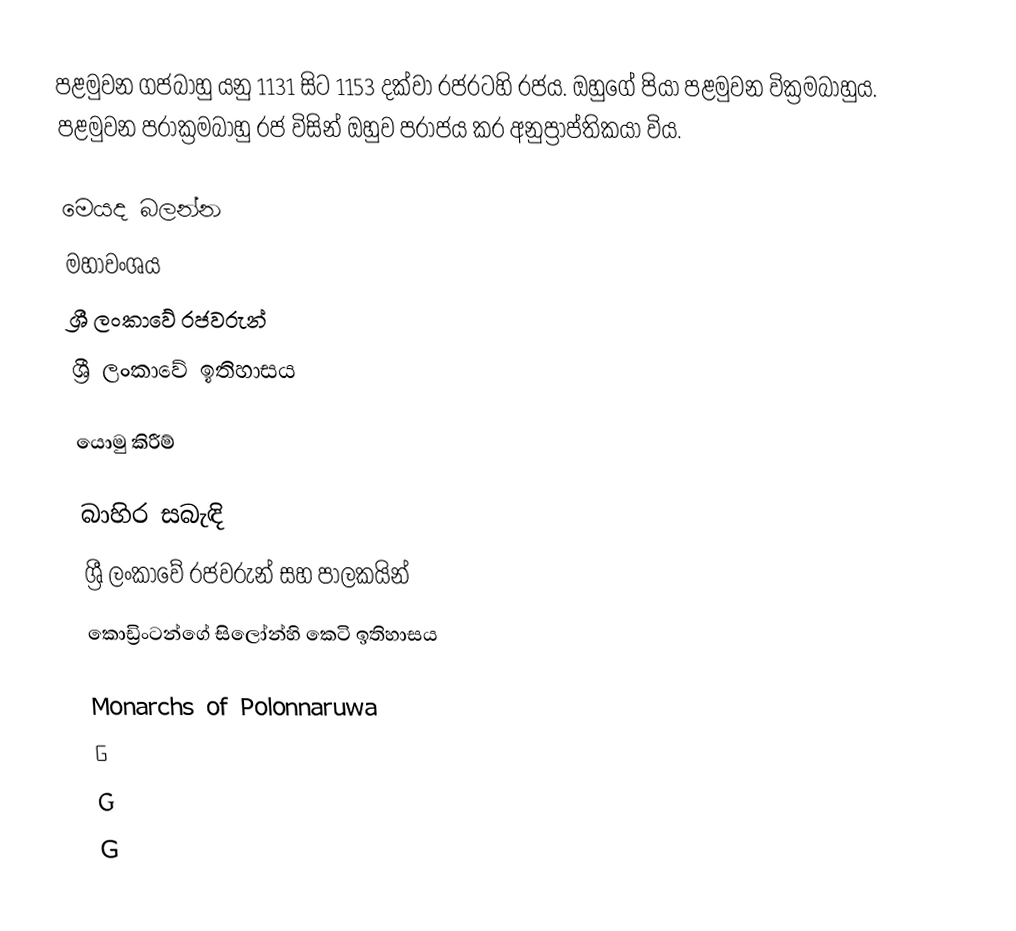
පළමුවන ගජබාහු යනු 1131 සිට 1153 දක්වා රජරටහි රජය. ඔහුගේ පියා පළමුවන වික්‍රමබාහුය. පළමුවන පරාක්‍රමබාහු රජ විසින් ඔහුව පරාජය කර අනුප්‍රාප්තිකයා විය.

මෙයද බලන්න
 මහාවංශය
 ශ්‍රී ලංකාවේ රජවරුන්
 ශ්‍රී ලංකාවේ ඉතිහාසය

යොමු කිරීම්

බාහිර සබැඳි
 ශ්‍රී ලංකාවේ රජවරුන් සහ පාලකයින්
 කොඩ්‍රිංටන්ගේ සිලෝන්හි කෙටි ඉතිහාසය

Monarchs of Polonnaruwa
G
G
G